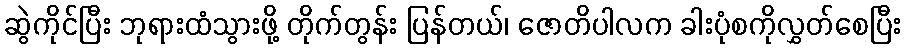
ဆွဲကိုင်ပြီး ဘုရားထံသွားဖို့ တိုက်တွန်း ပြန်တယ်၊ ဇောတိပါလက ခါးပုံစကိုလွှတ်စေပြီး